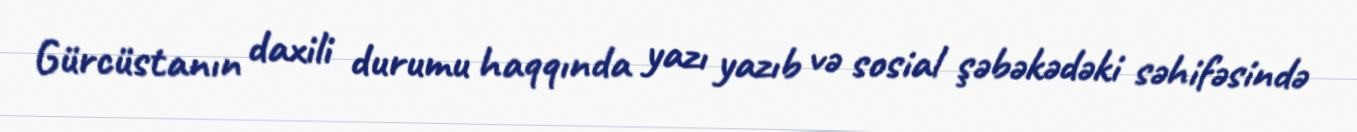
Gürcüstanın daxili durumu haqqında yazı yazıb və sosial şəbəkədəki səhifəsində